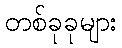
တစ်ခုခုများ